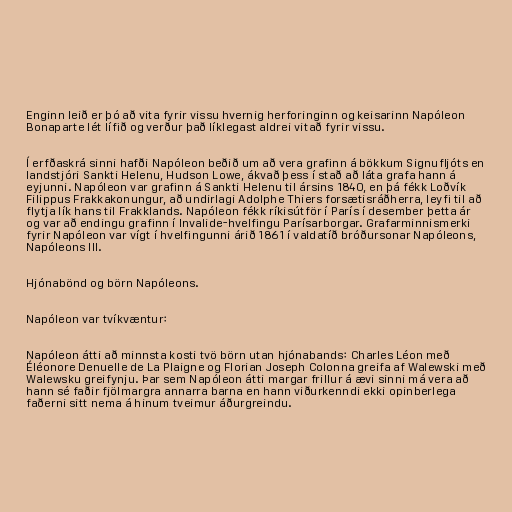
Enginn leið er þó að vita fyrir vissu hvernig herforinginn og keisarinn Napóleon
Bonaparte lét lífið og verður það líklegast aldrei vitað fyrir vissu.

Í erfðaskrá sinni hafði Napóleon beðið um að vera grafinn á bökkum Signufljóts en
landstjóri Sankti Helenu, Hudson Lowe, ákvað þess í stað að láta grafa hann á
eyjunni. Napóleon var grafinn á Sankti Helenu til ársins 1840, en þá fékk Loðvík
Filippus Frakkakonungur, að undirlagi Adolphe Thiers forsætisráðherra, leyfi til að
flytja lík hans til Frakklands. Napóleon fékk ríkisútför í París í desember þetta ár
og var að endingu grafinn í Invalide-hvelfingu Parísarborgar. Grafarminnismerki
fyrir Napóleon var vígt í hvelfingunni árið 1861 í valdatíð bróðursonar Napóleons,
Napóleons III.

Hjónabönd og börn Napóleons.

Napóleon var tvíkvæntur:

Napóleon átti að minnsta kosti tvö börn utan hjónabands: Charles Léon með
Éléonore Denuelle de La Plaigne og Florian Joseph Colonna greifa af Walewski með
Walewsku greifynju. Þar sem Napóleon átti margar frillur á ævi sinni má vera að
hann sé faðir fjölmargra annarra barna en hann viðurkenndi ekki opinberlega
faðerni sitt nema á hinum tveimur áðurgreindu.